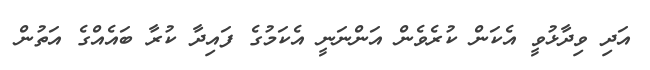
އަދި ވިދާޅުވީ އެކަން ކުރެވެން އަންނަނީ އެކަމުގެ ފައިދާ ކުރާ ބައެއްގެ އަތުން